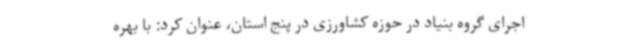
اجرای گروه بنیاد در حوزه کشاورزی در پنج استان، عنوان کرد: با بهره